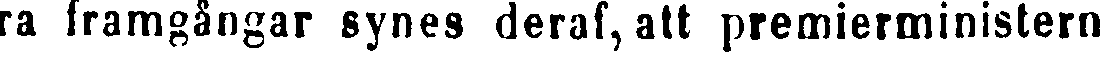
ra framgångar synes deras, att premierministern